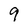
Character: 9